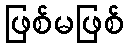
ဖြစ်မဖြစ်